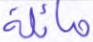
مائلة